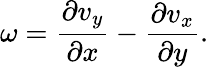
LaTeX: \omega=\frac{\partial v_{y}}{\partial x}-\frac{\partial v_{x}}{\partial y}.